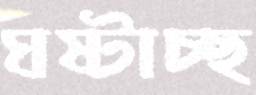
ঘষ্‌টাচ্ছ